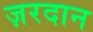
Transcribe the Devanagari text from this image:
ज़रदान